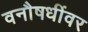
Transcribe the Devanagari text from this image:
वनौषधींवर